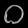
Digit: ၀